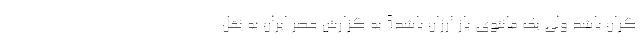
گران باشد ولی یک مانتوی باز ارزان باشد؟ به گزارش عصر ایران به نقل